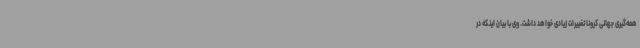
همه‌گیری جهانی کرونا تغییرات زیادی خواهد داشت. وی با بیان اینکه در